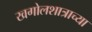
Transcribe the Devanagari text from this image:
खगोलशात्राच्या